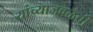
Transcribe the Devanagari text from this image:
यांच्याजवळची